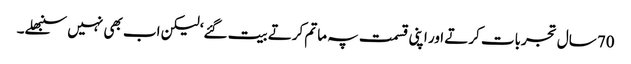
70 سال تجربات کرتے اور اپنی قسمت پہ ماتم کرتے بیت گئے‘ لیکن اب بھی نہیں سنبھلے۔